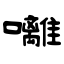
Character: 囄